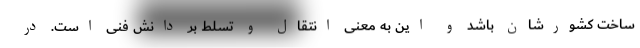
ساخت کشورشان باشد و این به معنی انتقال و تسلط بر دانش فنی است. در